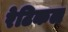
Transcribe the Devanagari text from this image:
रेटिकल